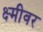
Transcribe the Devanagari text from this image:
क्ष्मीवर